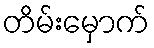
တိမ်းမှောက်